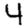
Digit: 4